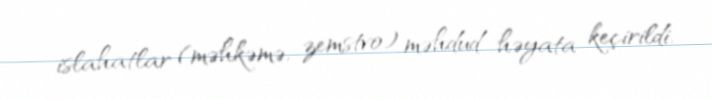
islahatlar (məhkəmə, zemstvo) məhdud həyata keçirildi.